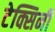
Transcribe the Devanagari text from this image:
टेक्सिनी